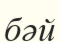
бәй